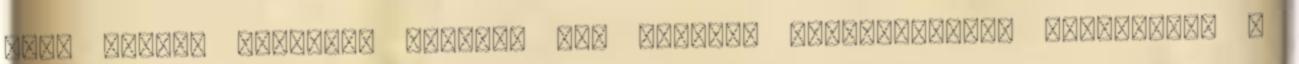
vagy hűtési energiát termel, ami 400%-os hatékonyságot eredményez A